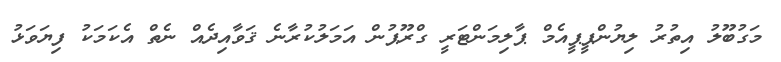
މަގުބޫލު އިތުރު ލިޔުންޕީޕީއެމް ޕާލިމަންޓަރީ ގްރޫޕުން އަމަލުކުރާނެ ޤަވާއިދެއް ނެތް އެކަމަކު ފިޔަވަޅު